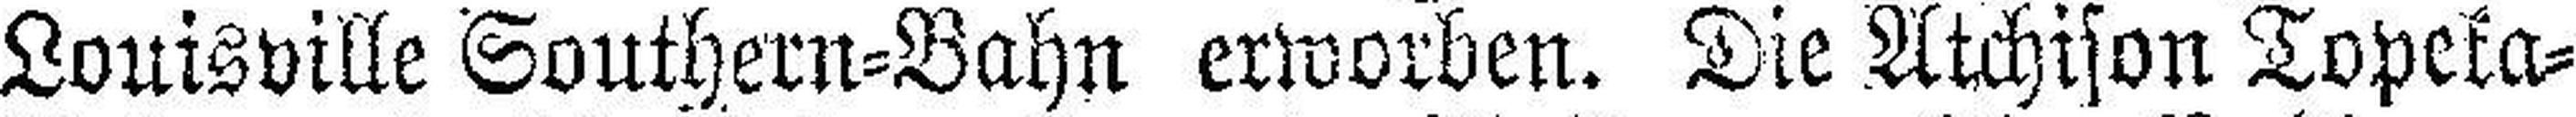
Louisville Southern=Bahn erworben. Die Atchison Topeka=